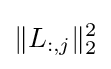
\|L_{:,j}\|_{2}^{2}